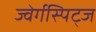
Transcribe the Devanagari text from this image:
ज्वेर्गस्पिट्ज